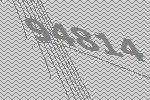
94814